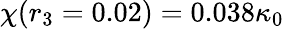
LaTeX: \chi(r_{3}=0.02)=0.038\kappa_{0}